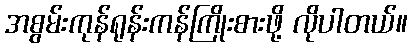
အစွမ်းကုန်ရုန်းကန်ကြိုးစားဖို့ လိုပါတယ်။